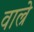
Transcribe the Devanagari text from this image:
वाल्रे